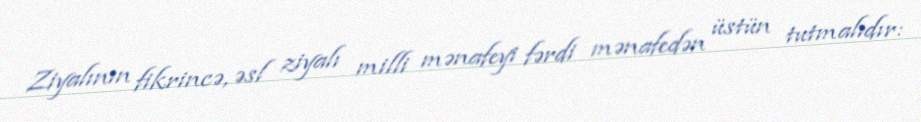
Ziyalının fikrincə, əsl ziyalı milli mənafeyi fərdi mənafedən üstün tutmalıdır: